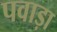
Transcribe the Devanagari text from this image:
पवाड़ा